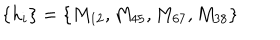
\left\{ h _ { i } \right\} = \left\{ M _ { 1 2 } , M _ { 4 5 } , M _ { 6 7 } , M _ { 3 8 } \right\}